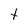
Character: t